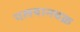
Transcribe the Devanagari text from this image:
पलयानचक्र